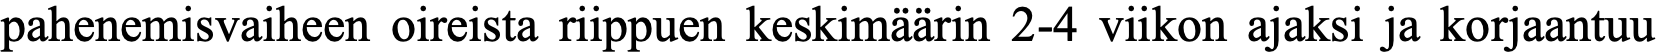
pahenemisvaiheen oireista riippuen keskimäärin 2-4 viikon ajaksi ja korjaantuu